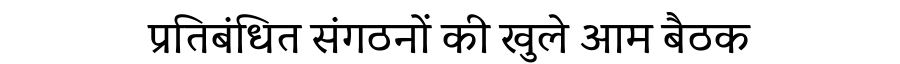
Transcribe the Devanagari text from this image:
प्रतिबंधित संगठनों की खुले आम बैठक